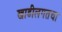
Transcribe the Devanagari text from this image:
खाडीलगतचा